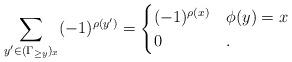
LaTeX: \begin{align*}\sum_{y'\in (\Gamma_{\geq y})_x} (-1)^{\rho(y')} =\begin{cases}(-1)^{\rho(x)} & \phi(y) = x \\0 & .\end{cases}\end{align*}